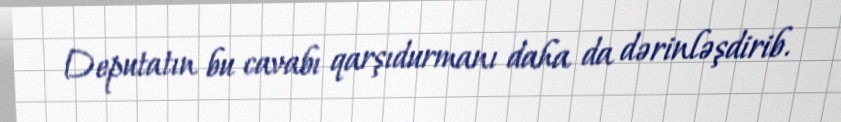
Deputatın bu cavabı qarşıdurmanı daha da dərinləşdirib.